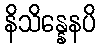
နိသိန္နေနပိ